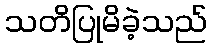
သတိပြုမိခဲ့သည်